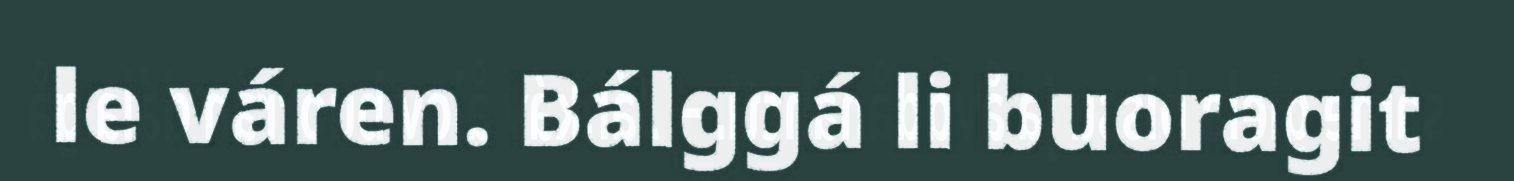
le váren. Bálggá li buoragit